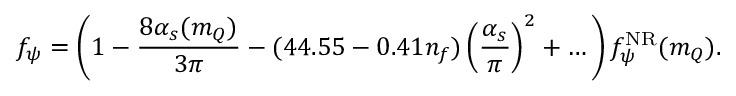
f _ { \psi } = \left( 1 - \frac { 8 \alpha _ { s } ( m _ { Q } ) } { 3 \pi } - ( 4 4 . 5 5 - 0 . 4 1 n _ { f } ) \left( \frac { \alpha _ { s } } { \pi } \right) ^ { 2 } + \ldots \, \right) f _ { \psi } ^ { \mathrm { N R } } ( m _ { Q } ) .